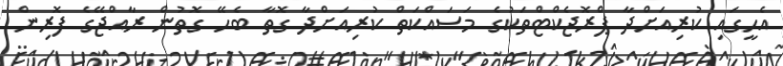
އެހީގައި ކުރިއަށްދާ ޕްރޮޖެކްޓްތަކުގެ މަސައްކަތް ކުރިއަށްދާ ގޮތާ ބެހޭ ގޮތުން ރާއްޖޭގެ ފޮރިން